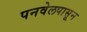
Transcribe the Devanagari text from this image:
पनवेलपासून